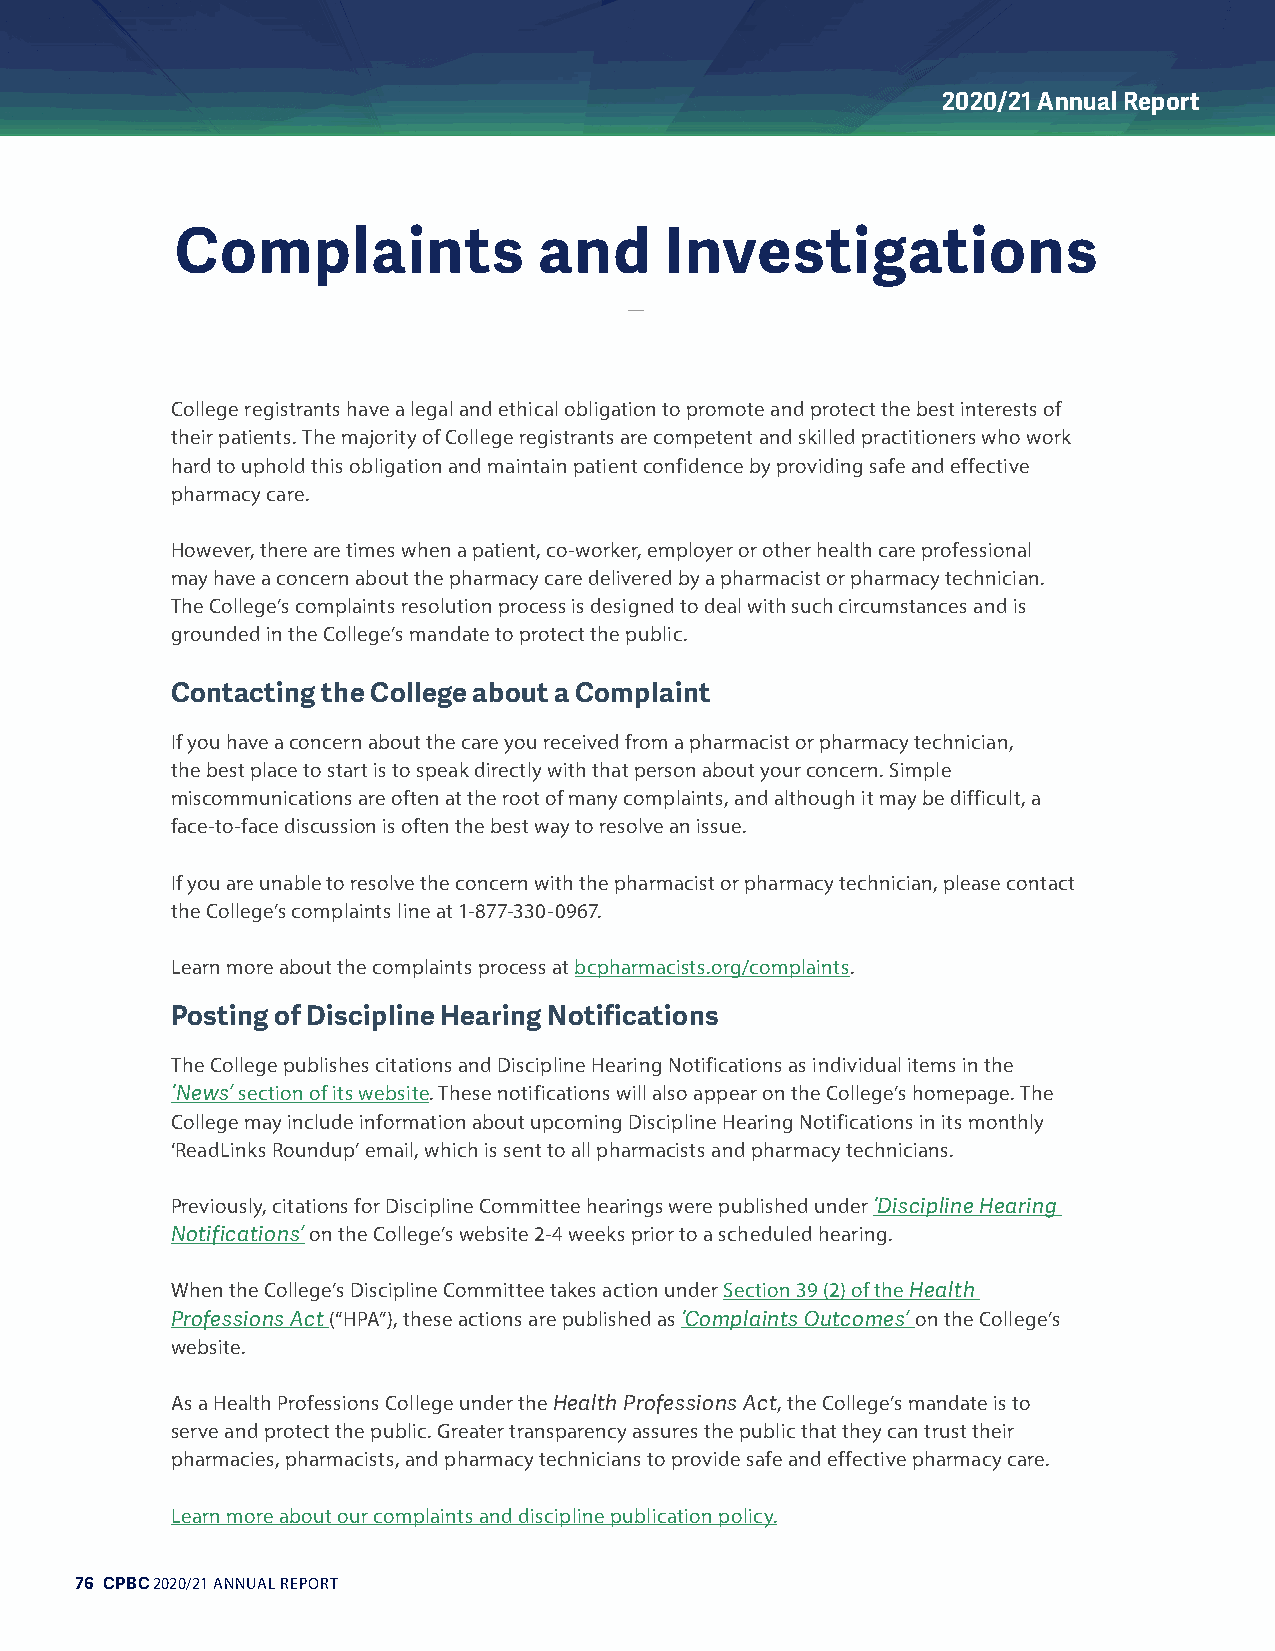
2020/21 Annual Report
 Complaints              and     Investigations
 College registrants have a legal and ethical obligation to promote and protect the best interests of
 their patients. The majority of College registrants are competent and skilled practitioners who work
 hard to uphold this obligation and maintain patient confidence by providing safe and effective
 pharmacy care.
 However, there are times when a patient, co-worker, employer or other health care professional
 may have a concern about the pharmacy care delivered by a pharmacist or pharmacy technician.
 The College’s complaints resolution process is designed to deal with such circumstances and is
 grounded in the College’s mandate to protect the public.
 Contacting the College about a Complaint
 If you have a concern about the care you received from a pharmacist or pharmacy technician,
 the best place to start is to speak directly with that person about your concern. Simple
 miscommunications are often at the root of many complaints, and although it may be difficult, a
 face-to-face discussion is often the best way to resolve an issue.
 If you are unable to resolve the concern with the pharmacist or pharmacy technician, please contact
 the College’s complaints line at 1-877-330-0967.
 Learn more about the complaints process at bcpharmacists.org/complaints.
 Posting of Discipline Hearing Notifications
 The College publishes citations and Discipline Hearing Notifications as individual items in the
 ‘News’ section of its website. These notifications will also appear on the College’s homepage. The
 College may include information about upcoming Discipline Hearing Notifications in its monthly
 ‘ReadLinks Roundup’ email, which is sent to all pharmacists and pharmacy technicians.
 Previously, citations for Discipline Committee hearings were published under ‘Discipline Hearing
 Notifications’ on the College’s website 2-4 weeks prior to a scheduled hearing.
 When the College’s Discipline Committee takes action under Section 39 (2) of the Health
 Professions Act (“HPA”), these actions are published as ‘Complaints Outcomes’ on the College’s
 website.
 As a Health Professions College under the Health Professions Act, the College’s mandate is to
 serve and protect the public. Greater transparency assures the public that they can trust their
 pharmacies, pharmacists, and pharmacy technicians to provide safe and effective pharmacy care.
 Learn more about our complaints and discipline publication policy.
 76 CPBC 2020/21 ANNUAL REPORT